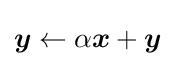
{\boldsymbol {y}}\leftarrow \alpha {\boldsymbol {x}}+{\boldsymbol {y}}